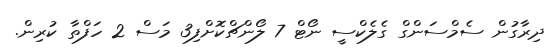
ދިރާގުން ސެމްސަންގް ގެލެކްސީ ނޯޓް 7 ލޯންޗްކޮށްފި3 މަސް 2 ހަފްތާ ކުރިން.